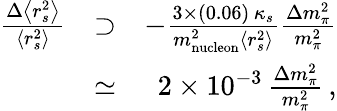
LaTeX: \begin{array}{rlr}{\frac{\Delta\left<r_{s}^{2}\right>}{\left<r_{s}^{2}\right>}}&{\supset}&{-\frac{3\times(0.06)\, \kappa_{s}}{m_{\mathrm{nucleon}}^{2}\left<r_{s}^{2}\right>}\frac{\Delta m_{\pi}^{2}}{m_{\pi}^{2}}}\\ &{\simeq}&{2\times 10^{-3}\, \frac{\Delta m_{\pi}^{2}}{m_{\pi}^{2}}\, ,}\end{array}